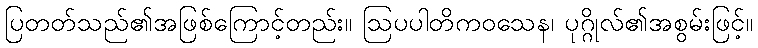
ပြတတ်သည်၏အဖြစ်ကြောင့်တည်း။ ဩပပါတိကဝသေန၊ ပုဂ္ဂိုလ်၏အစွမ်းဖြင့်။